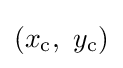
(x_{\mathrm {c} },\ y_{\mathrm {c} })